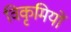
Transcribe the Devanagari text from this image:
विकृमियों